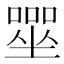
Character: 𡀓